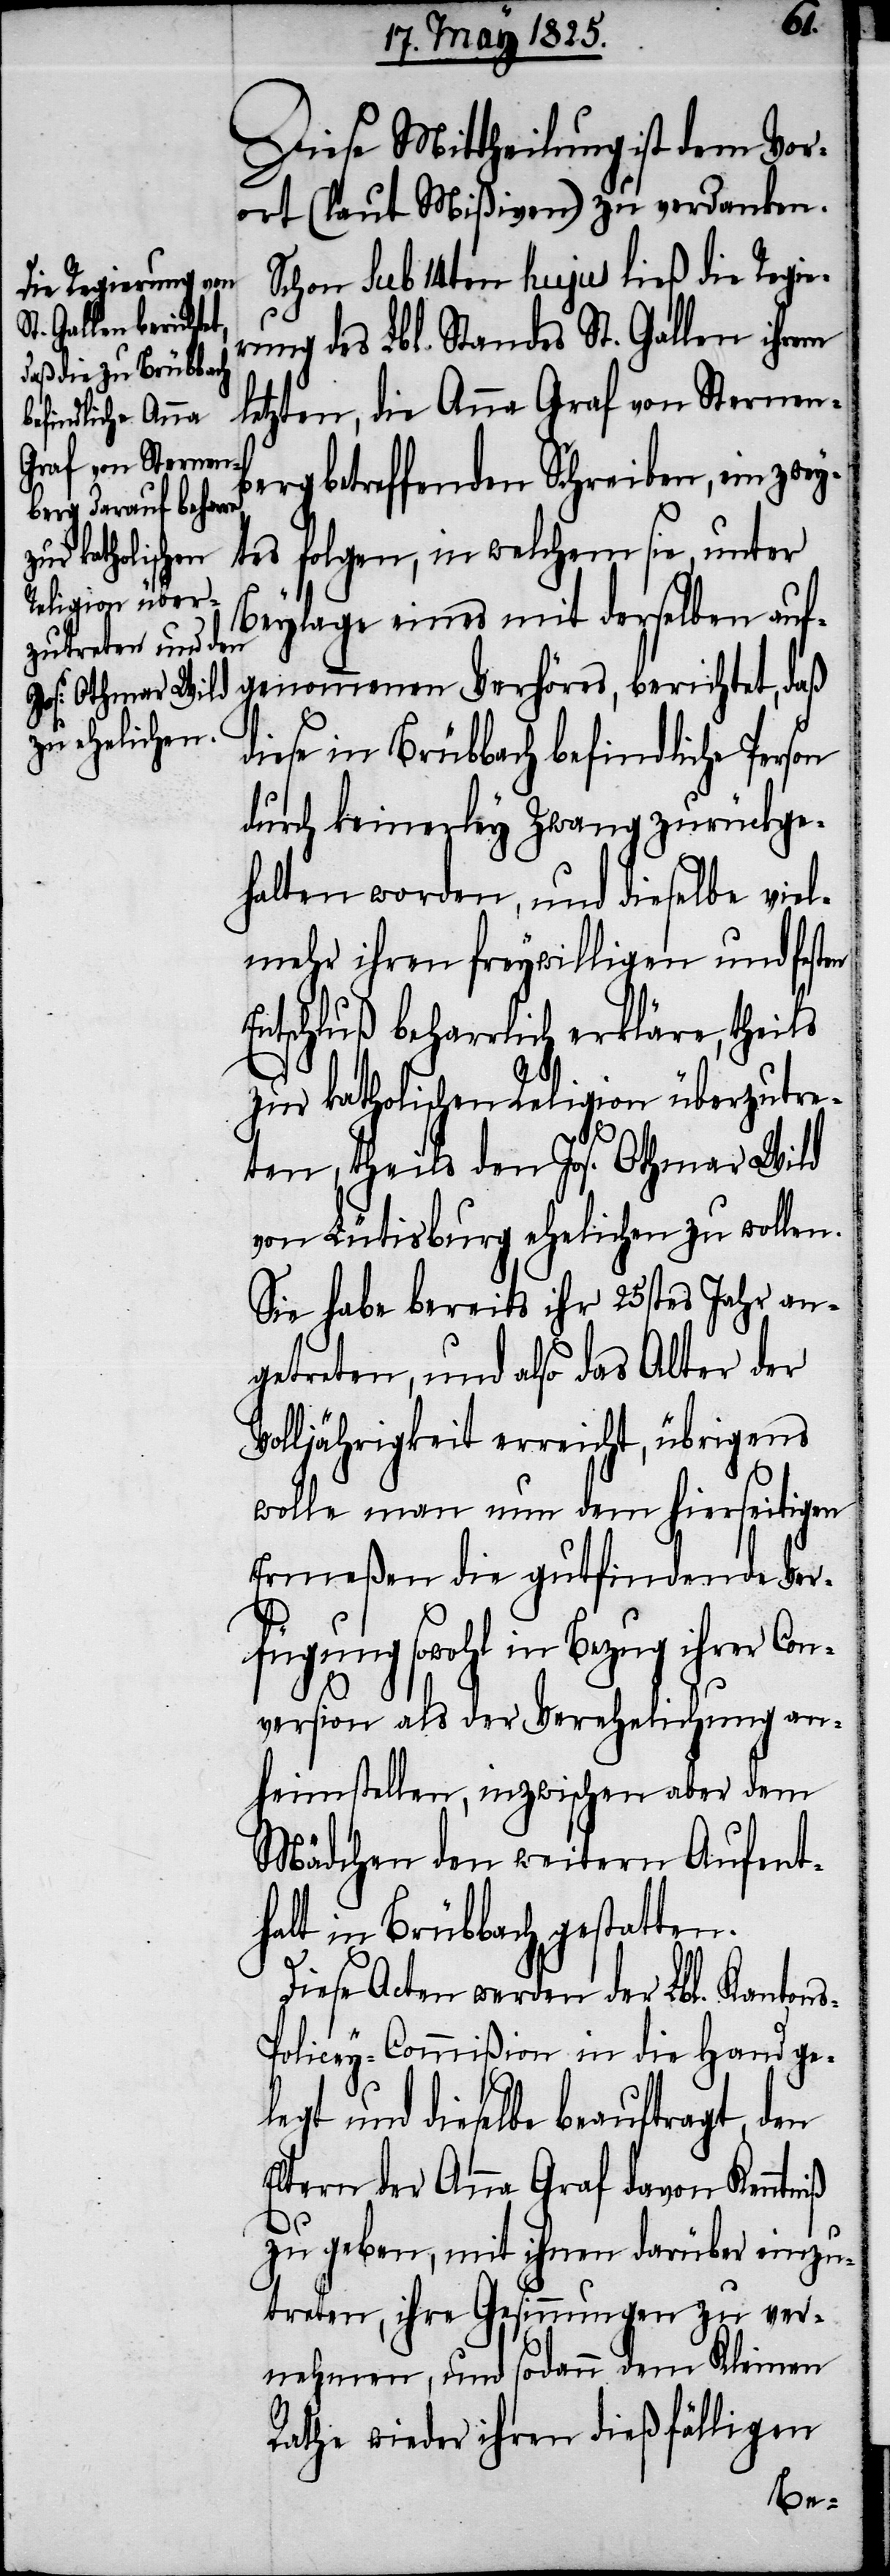
s-P¬
Diese Mittheilung ist dem Vor¬
ort (laut Mißiven) zu verdanken.
Schon sub 14ten hujus ließ die Regie¬
rung des Lbl. Standes St. Gallen ihrem
letzten, die Anna Graf von Sternen¬
berg betreffenden Schreiben, ein zwey¬
tes folgen, in welchen sie, unter
Beylage eines mit derselben auf¬
genommenen Verhöres, berichtet, daß
diese in Brübbach befindliche Person
durch keinerley Zwang zurückge¬
halten worden, und dieselbe viel¬
mehr ihrem freywilligen und festen
Entschluß beharrlich erkläre, theils
zur katholischen Religion überzutre¬
ten, theils den Jos. Othmar Wild
von Lütisburg ehelichen zu wollen.
Sie habe bereits ihr 25stes Jahr an¬
getreten, und also das Alter der
Volljährigkeit erreicht, übrigens
wolle man nun dem hierseitigen
Ermeßen die gutfindende Ver¬
fügung sowohl in Bezug ihrer Con¬
version als der Verehelichung an¬
heimstellen, inzwischen aber dem
Mädchen den weitern Aufent¬
halt in Brübbach gestatten.
Diese Acten werden der Lbl. Kanton¬
olicey-Commißion in die Hand ge¬
legt und dieselbe beauftragt, den
Eltern der Anna Graf davon Kenntniß
geben, ihre Gesinnungen zu ver¬
nehmen, und sodann dem Kleinen
Rathe wieder ihren dießfälligen